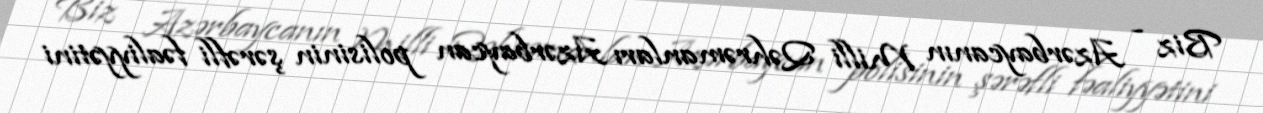
Biz - Azərbaycanın Milli Qəhrəmanları Azərbaycan polisinin şərəfli fəaliyyətini